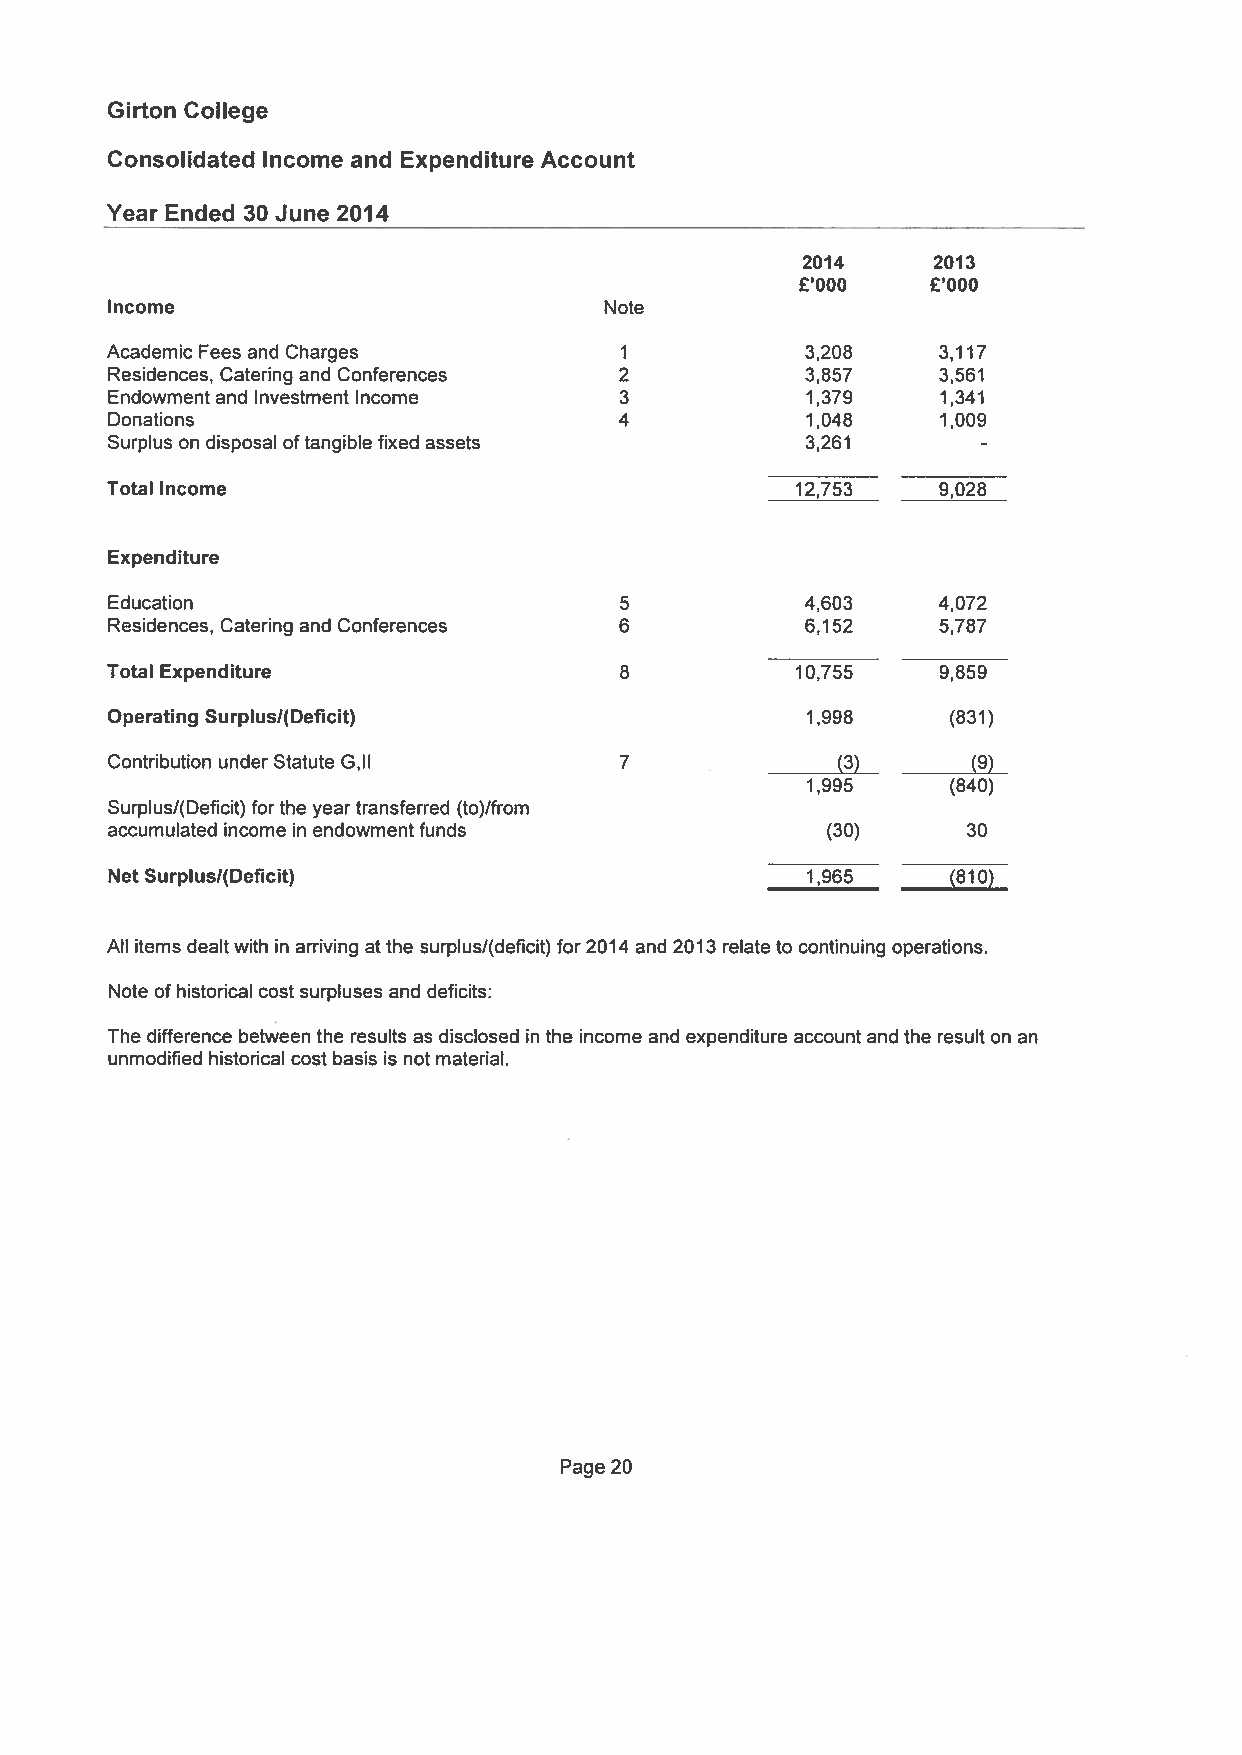
Girton College
 Consolidated Income and Expenditure Account
 Year Ended 30 June 2014
 2014     2013
 £‘OOO    £‘OOO
 Income                           Note
 Academic Fees and Charges         1           3,208    3,117
 Residences, Catering and Conferences 2        3,857    3,561
 Endowment and Investment Income   3           1,379    1341
 Donations                         4           1,048    1,009
 Surplus on disposal oftangible fixed assets   3,261
 -
 Total Income                                  12,753   9,028
 Expenditure
 Education                         5           4,603    4,072
 Residences, Catering and Conferences 6        6,152    5,787
 Total Expenditure                 8           10,755   9,859
 Operating Surplus/(Deficit)                   1,998     (831)
 Contribution under Statute G,ll   7             (3)      (9)
 1,995     (840)
 Surplus/fDeficit) forthe year transferred (to)/from
 accumulated income in endowment funds           (30)     30
 Net Surplusl(Deficit)                         1,965     (810)
 All items dealtwith in arriving atthe surplus/(deficit) for2014 and 2013 relate to continuing operations.
 Note of historical cost surpluses and deficits:
 The difference between the results as disclosed in the income and expenditure account and the result on an
 unmodified historical cost basis is not material.
 Page 20